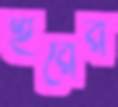
হুরের